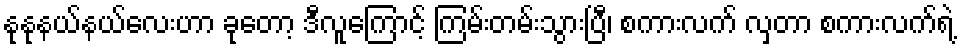
နုနုနယ်နယ်လေးဟာ ခုတော့ ဒီလူကြောင့် ကြမ်းတမ်းသွားပြီ၊ စကားလက် လှတာ စကားလက်ရဲ့